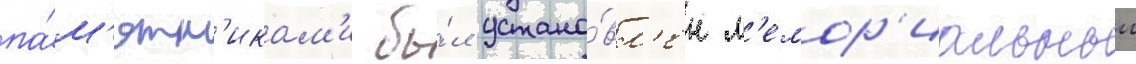
па́м'ятн'икам'и бы́л устано́вл'ен м'емор'иальныи